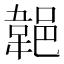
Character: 𨜢